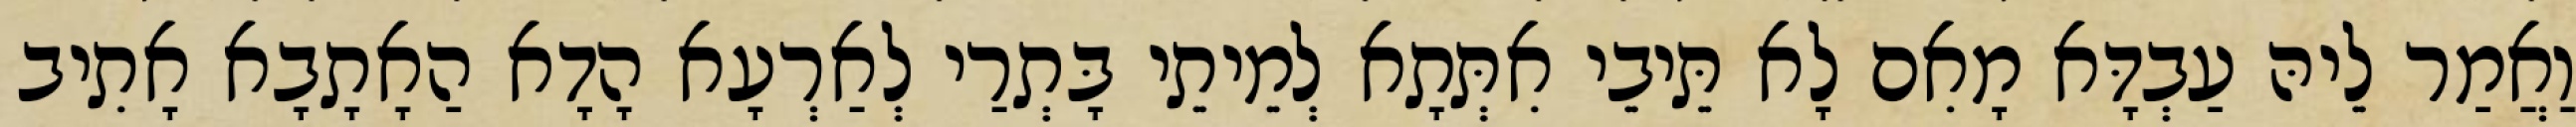
וַאֲמַר לֵיהּ עַבְדָּא מָאִם לָא תֵּיבֵי אִתְּתָא לְמֵיתֵי בָּתְרַי לְאַרְעָא הָדָא הַאָתָבָא אָתִיב